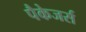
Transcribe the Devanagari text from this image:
पैकेजर्स